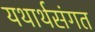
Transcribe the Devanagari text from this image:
यथार्थसंगत